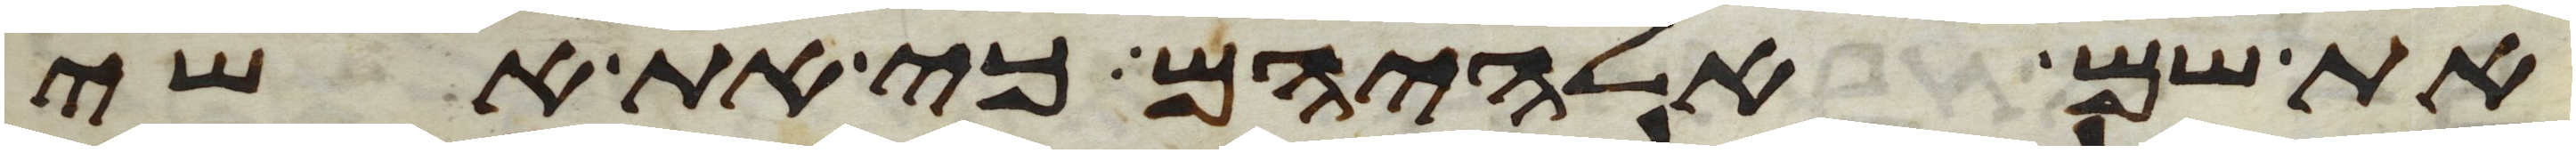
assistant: את שם אלהיהם כי את אשי